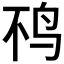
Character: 𫛜